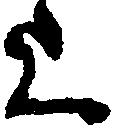
上